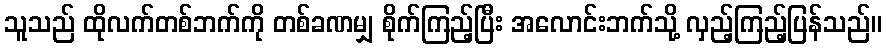
သူသည် ထိုလက်တစ်ဘက်ကို တစ်ခဏမျှ စိုက်ကြည့်ပြီး အလောင်းဘက်သို့ လှည့်ကြည့်ပြန်သည်။